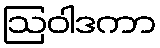
ဩဝါဒကာ